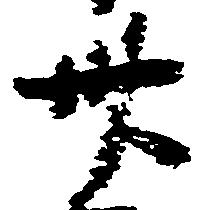
卅